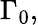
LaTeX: \Gamma_{0},